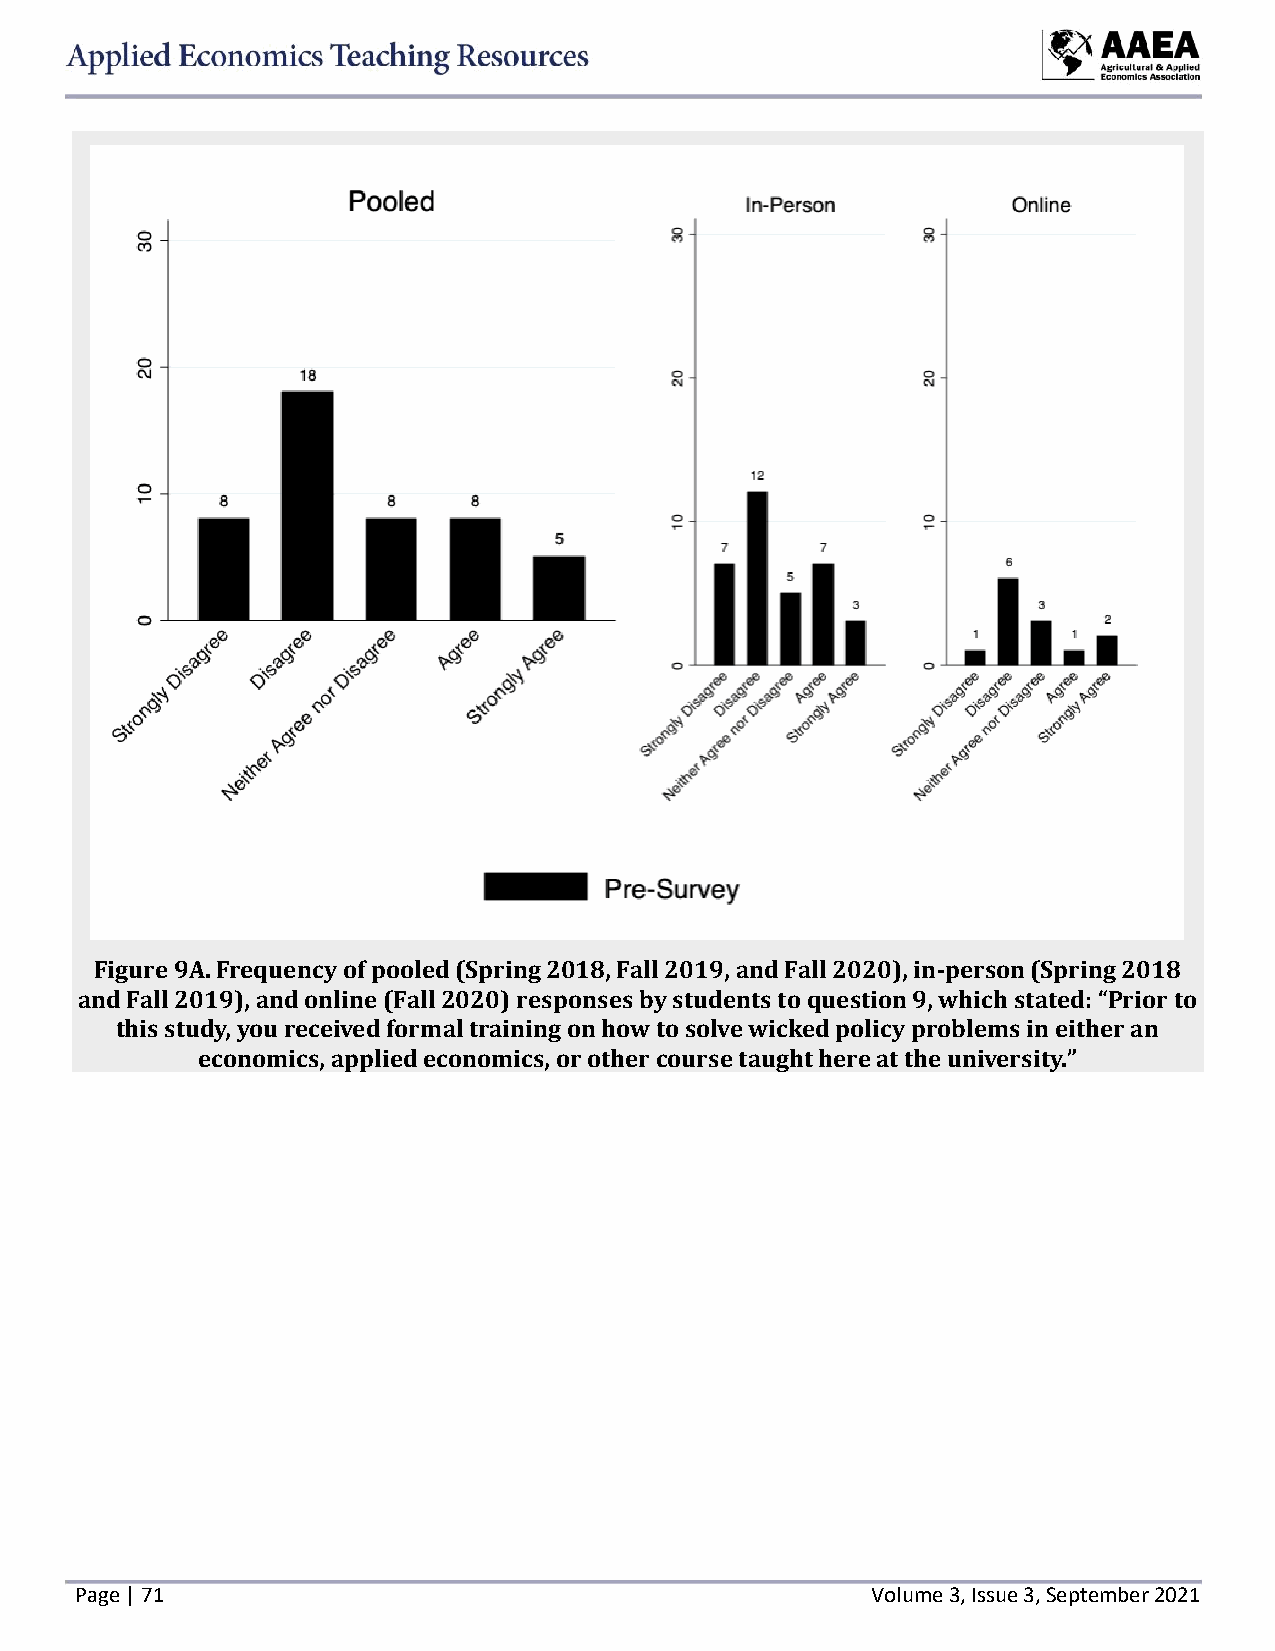
Figure 9A. Frequency of pooled (Spring 2018, Fall 2019, and Fall 2020), in-person (Spring 2018
 and Fall 2019), and online (Fall 2020) responses by students to question 9, which stated: “Prior to
 this study, you received formal training on how to solve wicked policy problems in either an
 economics, applied economics, or other course taught here at the university.”
 Page | 71                                            Volume 3, Issue 3, September 2021